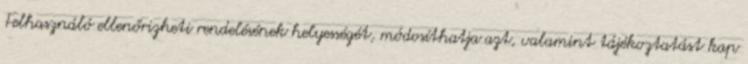
Felhasználó ellenőrizheti rendelésének helyességét, módosíthatja azt, valamint tájékoztatást kap